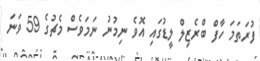
ފުރަތަމަ ހާފް ބްރެޒިލް ލީޑުގައި އޮވެ ނިމުނު ނަމަވެސް މެޗުގެ 59 ވަނަ